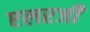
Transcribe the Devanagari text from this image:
एलरजी